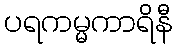
ပရကမ္မကာရိနီ